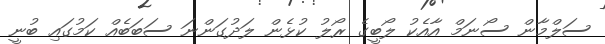
ސަލްމާން ސޯނަމް އާއެކު ލޯބީގެ ރޯލު ކުޅެން ލަދުގަންނަ ސަބަބެއް ކަމުގައި ބުނީ